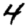
Digit: 4